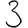
Digit: 3